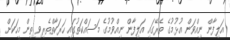
އަލިފާން ނިއްވަން އުޅުމުގެ ތެރޭގައި އަލިފާން ނިއްވުމުގެ މަސައްކަތުގައި ހަރަކާތްތެރިވި ތިން މީހަކަށް